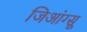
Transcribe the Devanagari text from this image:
जिआंग्सू